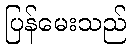
ပြန်မေးသည်